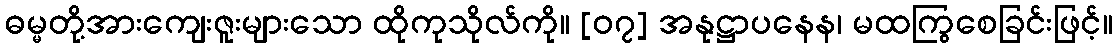
ဓမ္မတို့အားကျေးဇူးများသော ထိုကုသိုလ်ကို။ [၀၇] အနုဋ္ဌာပနေန၊ မထကြွစေခြင်းဖြင့်။